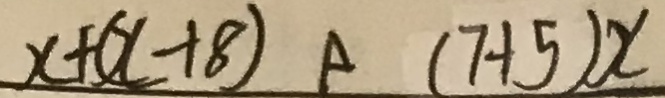
x + ( x + 8 ) ( 7 + 5 ) x